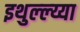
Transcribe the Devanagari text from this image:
इथुल्ल्य्या